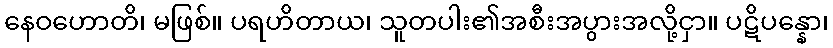
နေဝဟောတိ၊ မဖြစ်။ ပရဟိတာယ၊ သူတပါး၏အစီးအပွားအလို့ငှာ။ ပဋိပန္နော၊